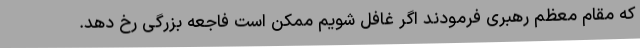
که مقام معظم رهبری فرمودند اگر غافل شویم ممکن است فاجعه بزرگی رخ دهد.